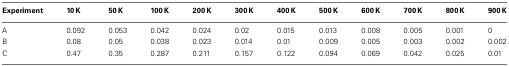
<table><thead><tr><td><b>Experiment</b></td><td><b>10 K</b></td><td><b>50 K</b></td><td><b>100 K</b></td><td><b>200 K</b></td><td><b>300 K</b></td><td><b>400 K</b></td><td><b>500 K</b></td><td><b>600 K</b></td><td><b>700 K</b></td><td><b>800 K</b></td><td><b>900 K</b></td></tr></thead><tbody><tr><td>A</td><td>0.092</td><td>0.053</td><td>0.042</td><td>0.024</td><td>0.02</td><td>0.015</td><td>0.013</td><td>0.008</td><td>0.005</td><td>0.001</td><td>0</td></tr><tr><td>B</td><td>0.08</td><td>0.05</td><td>0.038</td><td>0.023</td><td>0.014</td><td>0.01</td><td>0.009</td><td>0.005</td><td>0.003</td><td>0.002</td><td>0.002</td></tr><tr><td>C</td><td>0.47</td><td>0.35</td><td>0.287</td><td>0.211</td><td>0.157</td><td>0.122</td><td>0.094</td><td>0.069</td><td>0.042</td><td>0.025</td><td>0.01</td></tr></tbody></table>